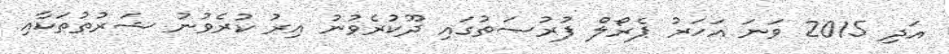
އަދި 2015 ވަނަ އަހަރު ޕެރޯލް ފުރުޞަތުގައި ދޫކުރެވުނު އިރު ކުރެވުނު ޝަރުތުތަކާއި